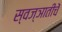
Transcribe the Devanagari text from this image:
स्वज्ञातीचें